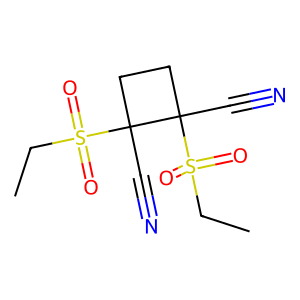
SMILES: CCS(=O)(=O)C1(C#N)CCC1(C#N)S(=O)(=O)CC
Inhibits HIV replication: No